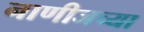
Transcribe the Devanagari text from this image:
नाणीजच्या